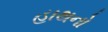
હાથનો